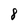
Character: 8